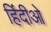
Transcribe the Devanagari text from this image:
हिंदीओ